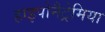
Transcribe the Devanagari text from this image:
हाइपोनैट्रेमिया